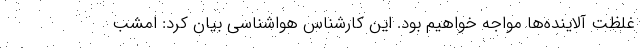
غلظت آلاینده‌ها مواجه خواهیم بود. این کارشناس هواشناسی بیان کرد: امشب